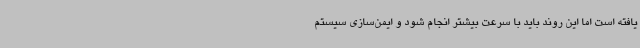
یافته است اما این روند باید با سرعت بیشتر انجام شود و ایمن‌سازی سیستم